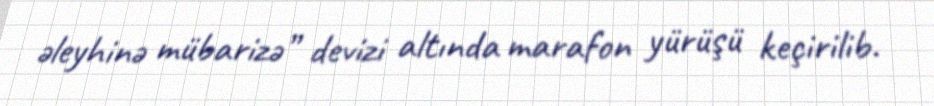
əleyhinə mübarizə” devizi altında marafon yürüşü keçirilib.